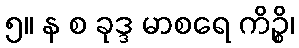
၅။ န စ ခုဒ္ဒ မာစရေ ကိဉ္စိ၊